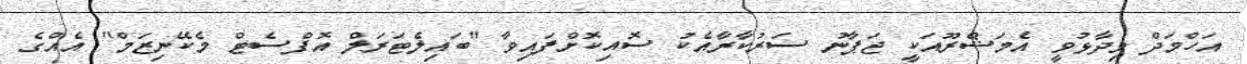
އަހްމަދް ވިދާޅުވީ އެމަޝްރޫއަކީ ޖަޕާނު ސަރުކާރާއެކު ސޮއިކޮށްފައިވާ "ބައިލެޓަރަލް އޮފްސެޓް މެކޭނިޒަމް" އެއްގެ